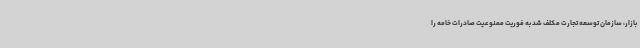
بازار، سازمان توسعه تجارت مکلف شد به فوریت ممنوعیت صادرات خامه را